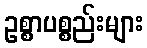
ဥစ္စာပစ္စည်းများ